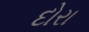
દોરા